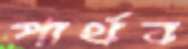
পার্থব